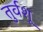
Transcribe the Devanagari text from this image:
तुर्वशू